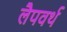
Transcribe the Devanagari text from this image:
लैपवर्थ